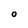
Character: 0